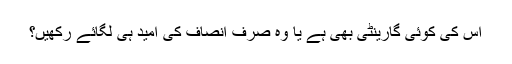
اس کی کوئی گارینٹی بھی ہے یا وہ صرف انصاف کی امید ہی لگائے رکھیں؟